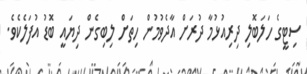
ސިޓީގެ ހަލަބޮލި ދިރިއުޅުމާ ދުރަށް އާދެވުމުން ހިތަށް ލިބިގެން ދިޔައީ ބޮޑު އުފަލެކެވެ.